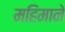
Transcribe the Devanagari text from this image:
महिमाने